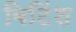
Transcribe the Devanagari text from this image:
बिटिंश